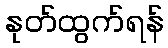
နုတ်ထွက်ရန်